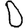
Digit: 0